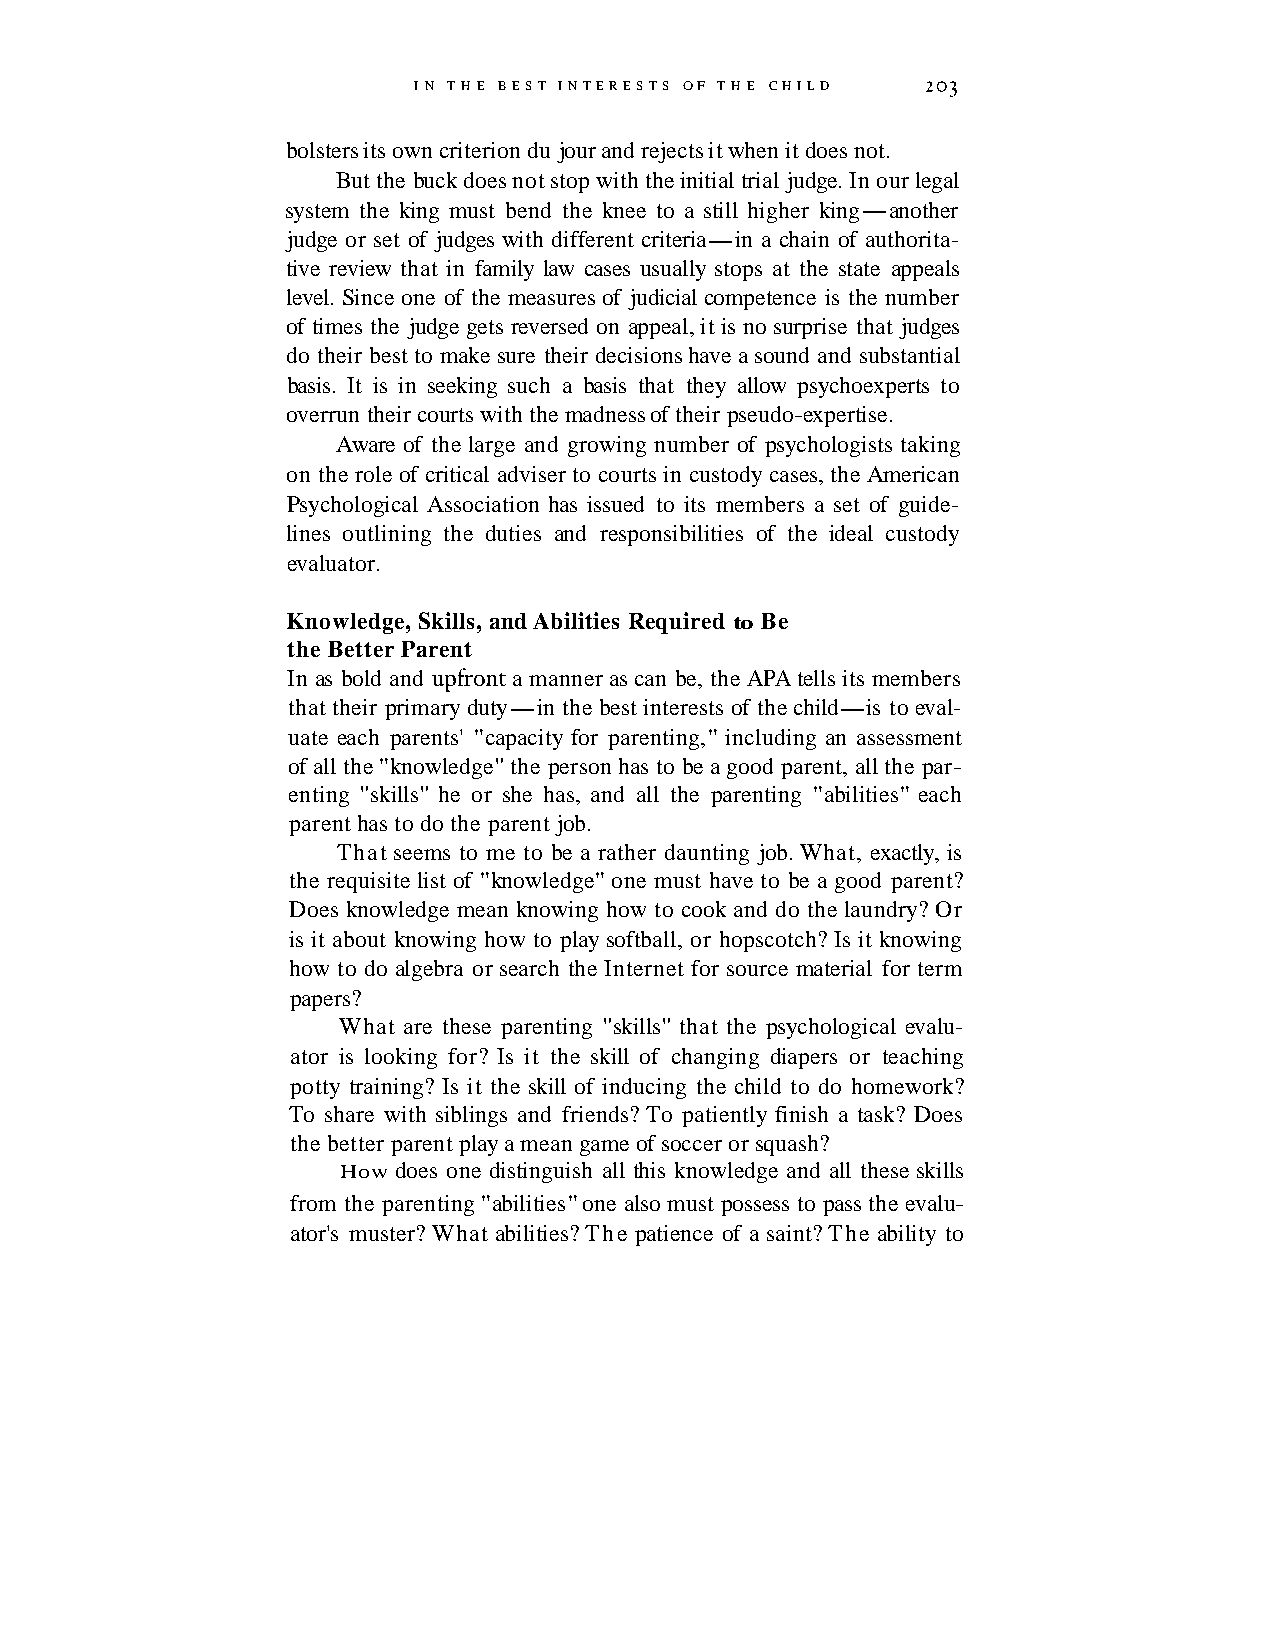
I N T H E BEST INTERESTS OF T H E CHILD 203
 bolsters its own criterion du jour and rejects it when it does not.
 But the buck does not stop with the initial trial judge. In our legal
 system the king must bend the knee to a still higher king-another
 judge or set of judges with different criteria-in a chain of authorita-
 tive review that in family law cases usually stops at the state appeals
 level. Since one of the measures of judicial competence is the number
 of times the judge gets reversed on appeal, it is no surprise that judges
 do their best to make sure their decisions have a sound and substantial
 basis. It is in seeking such a basis that they allow psychoexperts to
 overrun their courts with the madness of their pseudo-expertise.
 Aware of the large and growing number of psychologists taking
 on the role of critical adviser to courts in custody cases, the American
 Psychological Association has issued to its members a set of guide-
 lines outlining the duties and responsibilities of the ideal custody
 evaluator.
 Knowledge, Skills, and Abilities Required to Be
 the Better Parent
 In as bold and upfront a manner as can be, the APA tells its members
 that their primary duty-in the best interests of the child-is to eval-
 uate each parents' "capacity for parenting," including an assessment
 of all the "knowledge" the person has to be a good parent, all the par-
 enting "skills" he or she has, and all the parenting "abilities" each
 parent has to do the parent job.
 That seems to me to be a rather daunting job. What, exactly, is
 the requisite list of "knowledge" one must have to be a good parent?
 Does knowledge mean knowing how to cook and do the laundry? Or
 is it about knowing how to play softball, or hopscotch? Is it knowing
 how to do algebra or search the Internet for source material for term
 papers?
 What are these parenting "skills" that the psychological evalu-
 ator is looking for? Is it the skill of changing diapers or teaching
 potty training? Is it the skill of inducing the child to do homework?
 To share with siblings and friends? To patiently finish a task? Does
 the better parent play a mean game of soccer or squash?
 How does one distinguish all this knowledge and all these skills
 from the parenting "abilities" one also must possess to pass the evalu-
 ator's muster? What abilities? The patience of a saint? The ability to